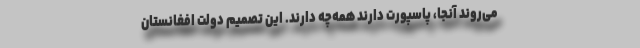
می‌روند آنجا، پاسپورت دارند همه‌چه دارند. این تصمیم دولت افغانستان